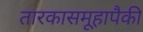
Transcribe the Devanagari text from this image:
तारकासमूहापैकी